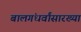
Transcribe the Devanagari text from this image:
बालगंधर्वांसारख्या